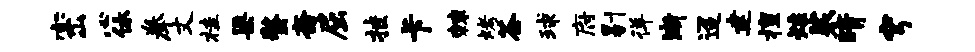
密心休拳丈桂渠螯斋屈挂卡棘烤荼球府剔徉渐迢建擅炷裟晴穹